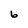
Character: 6